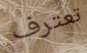
تعترف